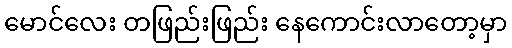
မောင်လေး တဖြည်းဖြည်း နေကောင်းလာတော့မှာ